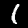
Label: 1